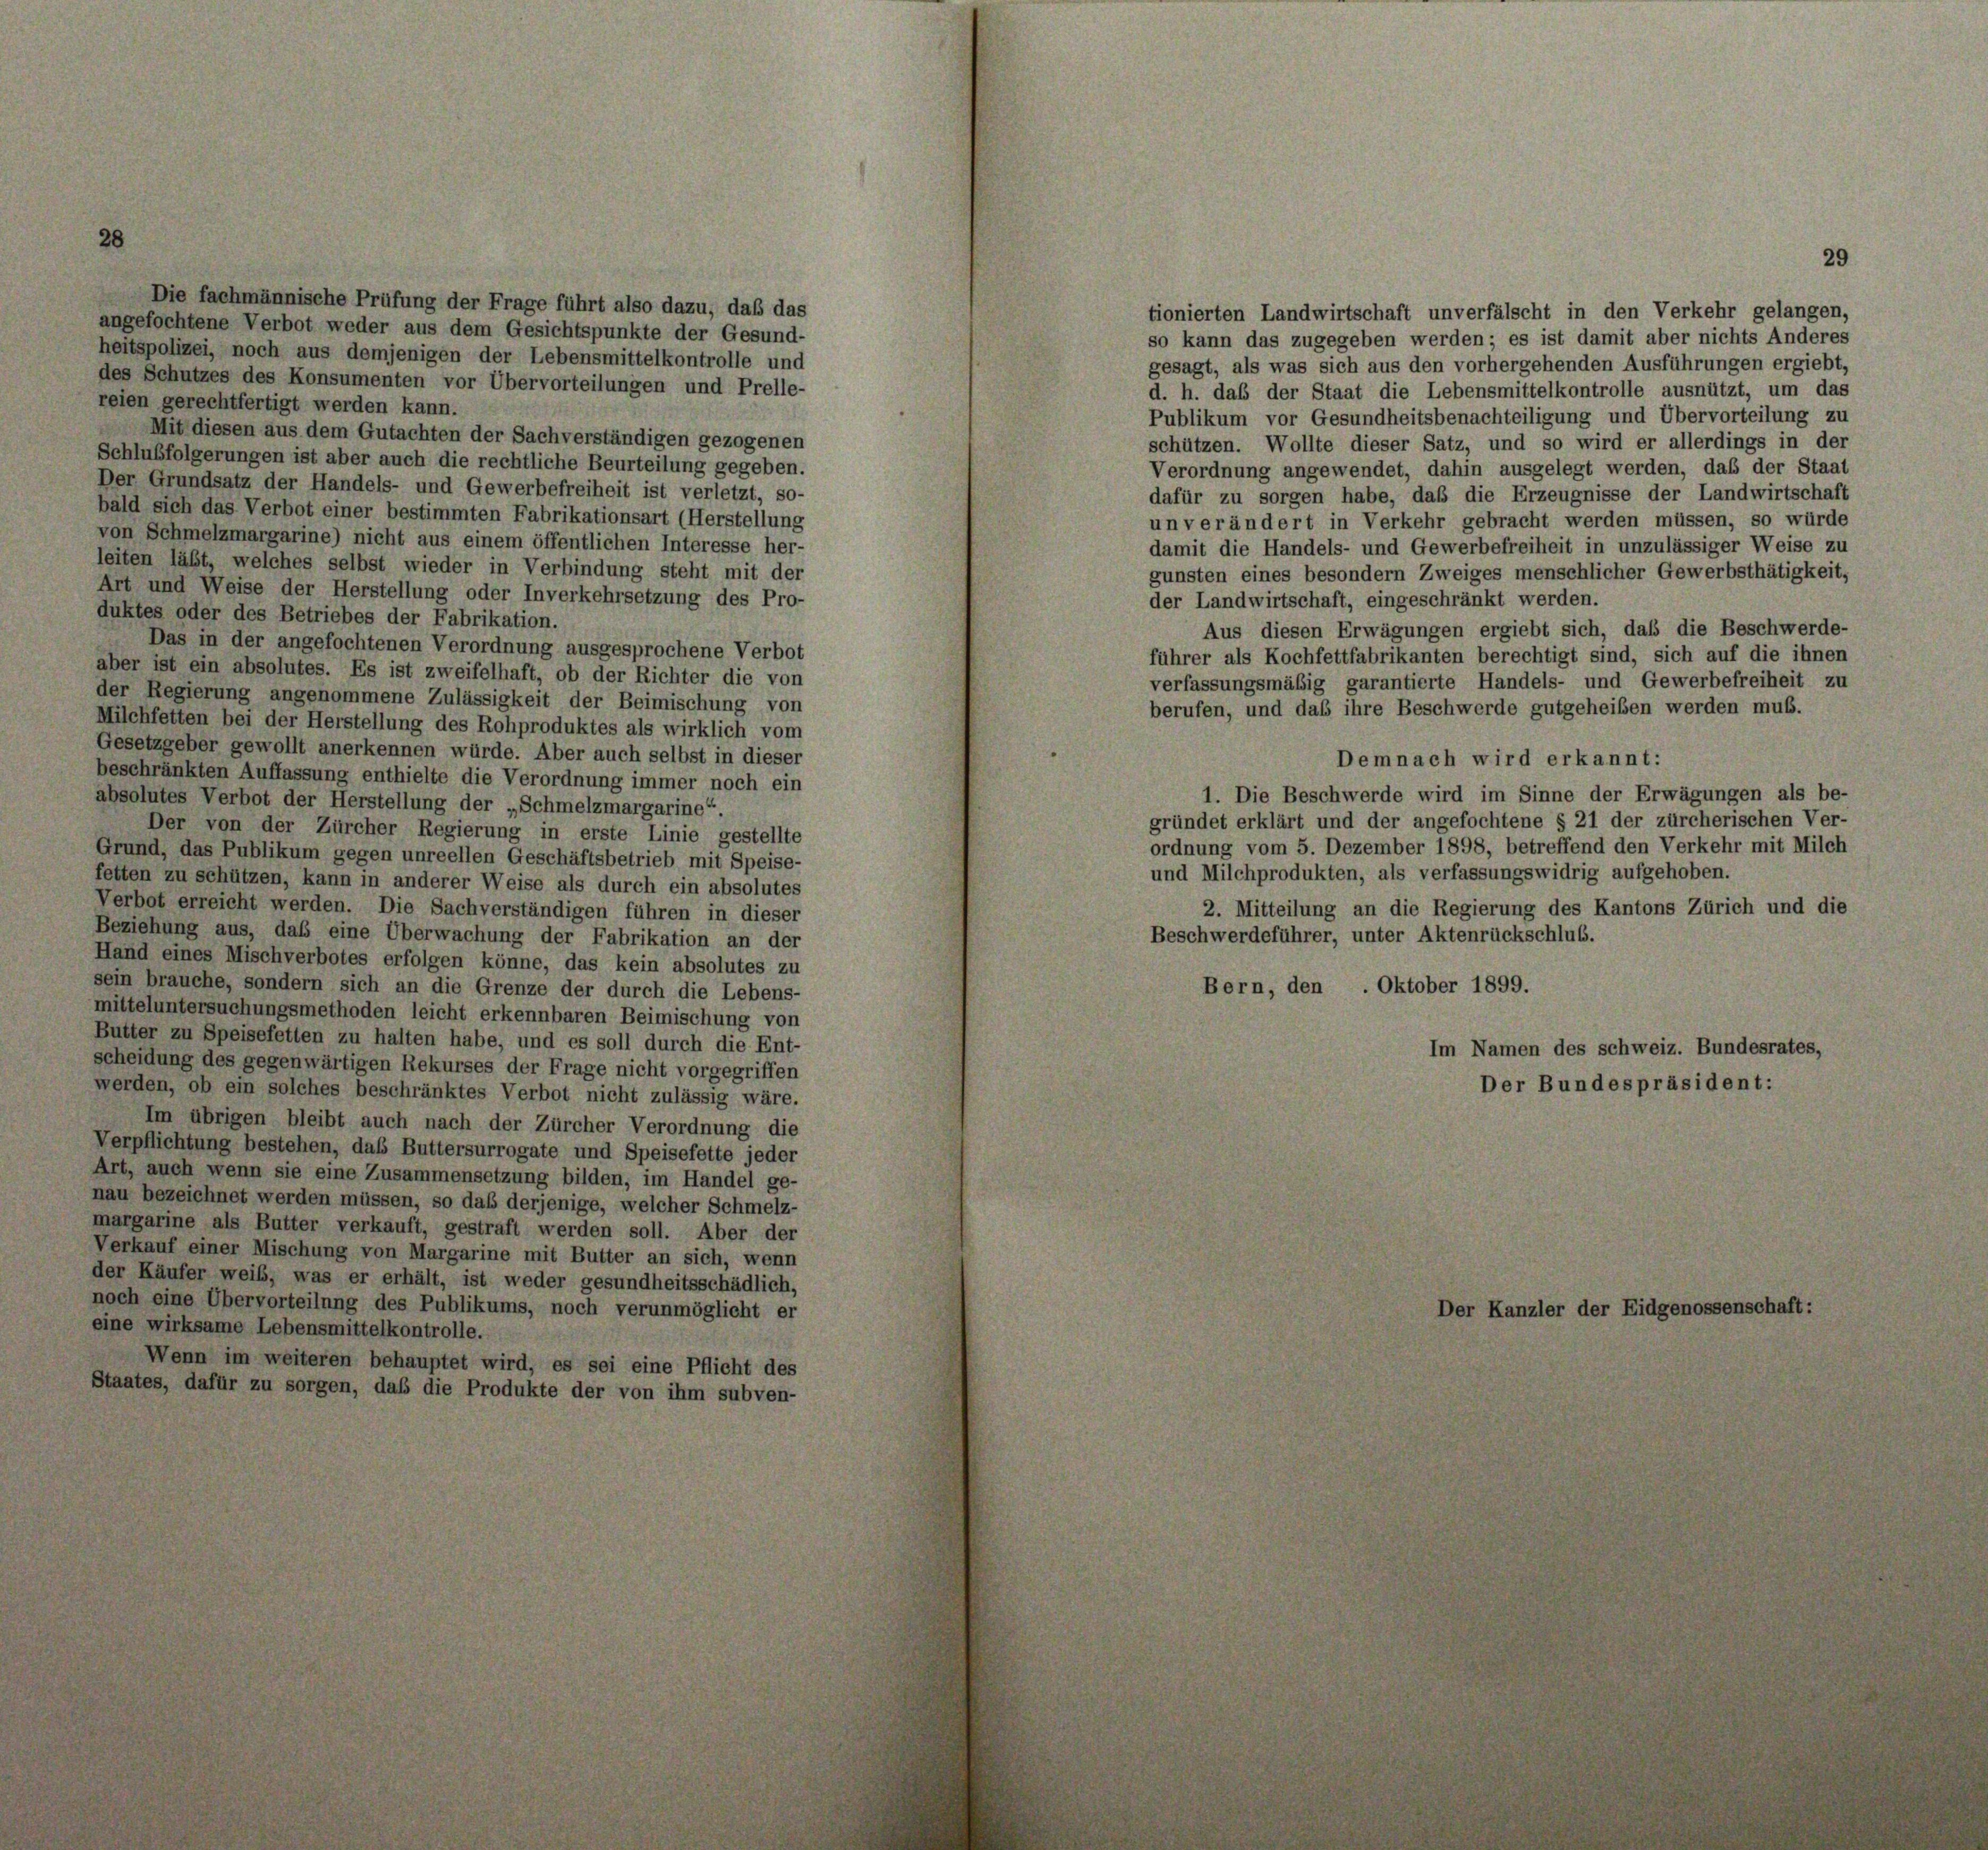
28

des Schutzes des Konsumenten vor Übervorteilungen und Prelle-
reien gerechtfertigt werden kann.
Mit diesen aus dem Gutachten der Sachverständigen gezogenen
Schlußfolgerungen ist aber auch die rechtliche Beurteilung gegeben.
Der Grundsatz der Handels- und Gewerbefreiheit ist verletzt, so-
bald sich das Verbot einer bestimmten Fabrikationsart (Herstellung
von Schmelzmargarine) nicht aus einem öffentlichen Interesse her-
leiten läßt, welches selbst wieder in Verbindung steht mit der
Art und Weise der Herstellung oder Inverkehrsetzung des Pro-
duktes oder des Betriebes der Fabrikation.
Das in der angefochtenen Verordnung ausgesprochene Verbot
aber ist ein absolutes. Es ist zweifelhaft, ob der Richter die von
der Regierung angenommene Zulässigkeit der Beimischung von
Milchfetten bei der Herstellung des Rohproduktes als wirklich vom
Gesetzgeber gewollt anerkennen würde. Aber auch selbst in dieser
beschränkten Auffassung enthielte die Verordnung immer noch ein
absolutes Verbot der Herstellung der „Schmelzmargarine“.
Der von der Zürcher Regierung in erste Linie gestellte
Grund, das Publikum gegen unreellen Geschäftsbetrieb mit Speise-
fetten zu schützen, kann in anderer Weise als durch ein absolutes
Verbot erreicht werden. Die Sachverständigen führen in dieser
Beziehung aus, das eine Überwachung der Fabrikation an der
Hand eines Mischverbotes erfolgen könne, das kein absolutes zu
sein brauche, sondern sich an die Grenze der durch die Lebens-
mitteluntersuchungsmethoden leicht erkennbaren Beimischung von
Butter zu Speisefetten zu halten habe, und es soll durch die Ent-
scheidung des gegenwärtigen Rekurses der Frage nicht vorgegriffen
werden, ob ein solches beschränktes Verbot nicht zulässig wäre.
Im übrigen bleibt auch nach der Zürcher Verordnung die
Verpflichtung bestehen, das Buttersurrogate und Speisefette jeder
Art, auch wenn sie eine Zusammensetzung bilden, im Handel ge-
nau bezeichnet werden müssen, so das derjenige, welcher Schmelz-
margarine als Butter verkauft, gestraft werden soll. Aber der
Verkauf einer Mischung von Margarine mit Butter an sich, wenn
der Käufer weib, was er erhält, ist weder gesundheitsschädlich,
noch eine Übervorteilung des Publikums, noch verunmöglicht er
eine wirksame Lebensmittelkontrolle.
Wenn im weiteren behauptet wird, es sei eine Pflicht des
Staates, dafür zu sorgen, daß die Produkte der von ihm subven-

Die fachmännische Prüfung der Frage führt also dazu, daß das
angefochtene Verbot weder aus dem Gesichtspunkte der Gesund-
heitspolizei, noch aus demjenigen der Lebensmittelkontrolle und

tionierten Landwirtschaft unverfälscht in den Verkehr gelangen,
so kann das zugegeben werden; es ist damit aber nichts Anderes
gesagt, als was sich aus den vorhergehenden Ausführungen ergiebt,
d. h. das der Staat die Lebensmittelkontrolle ausnützt, um das
Publikum vor Gesundheitsbenachteiligung und Übervorteilung zu
schützen. Wollte dieser Satz, und so wird er allerdings in der
Verordnung angewendet, dahin ausgelegt werden, daß der Staat
dafür zu sorgen habe, daß die Erzeugnisse der Landwirtschaft
un verändert in Verkehr gebracht werden müssen, so würde
damit die Handels- und Gewerbefreiheit in unzulässiger Weise zu
gunsten eines besondern Zweiges menschlicher Gewerbsthätigkeit,
der Landwirtschaft, eingeschränkt werden.
Aus diesen Erwägungen ergiebt sich, daß die Beschwerde-
führer als Kochfettfabrikanten berechtigt sind, sich auf die ihnen
verfassungsmäßig garantierte Handels- und Gewerbefreiheit zu
berufen, und daß ihre Beschwerde gutgeheiben werden mub.
Demnach wird erkannt:
1. Die Beschwerde wird im Sinne der Erwägungen als be-
gründet erklärt und der angefochtene § 21 der zürcherischen Ver-
ordnung vom 5. Dezember 1898, betreffend den Verkehr mit Milch
und Milchprodukten, als verfassungswidrig aufgehoben.
2. Mitteilung an die Regierung des Kantons Zürich und die
Beschwerdeführer, unter Aktenrückschluß.
Bern, den . Oktober 1899.
Im Namen des schweiz. Bundesrates,
Der Bundespräsident:

Der Kanzler der Eidgenossensche

29